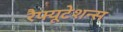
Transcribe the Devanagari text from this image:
रेैफ्यूटेशन्स